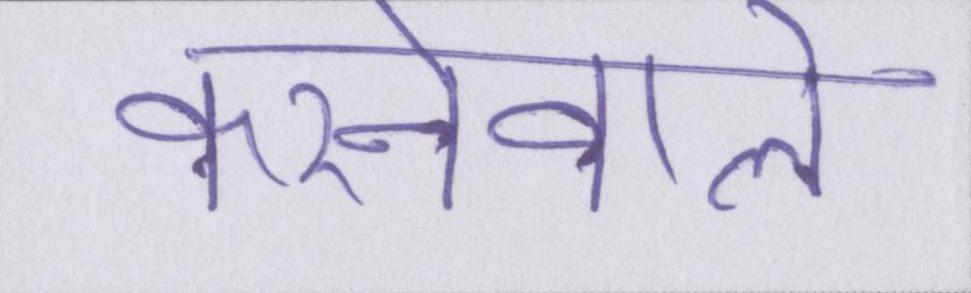
करनेवाले